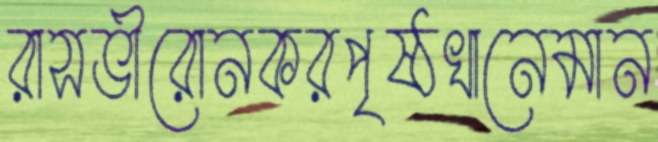
রাসভীরোনকরপৃষ্ঠখানেমান